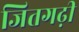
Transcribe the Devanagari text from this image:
जितगढ़ी